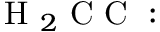
\mathrm { ~ H ~ } _ { 2 } \mathrm { ~ C ~ C ~ : ~ }